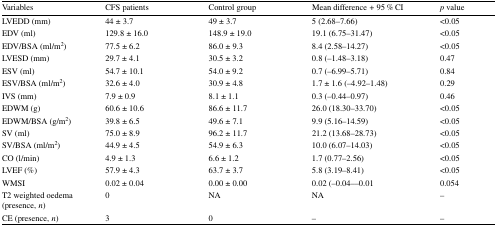
<table><thead><tr><td><b>Variables</b></td><td><b>CFS patients</b></td><td><b>Control group</b></td><td><b>Mean difference + 95 % CI</b></td><td><b><i>p</i> value</b></td></tr></thead><tbody><tr><td>LVEDD (mm)</td><td>44 ± 3.7</td><td>49 ± 3.7</td><td>5 (2.68–7.66)</td><td>&lt;0.05</td></tr><tr><td>EDV (ml)</td><td>129.8 ± 16.0</td><td>148.9 ± 19.0</td><td>19.1 (6.75–31.47)</td><td>&lt;0.05</td></tr><tr><td>EDV/BSA (ml/m<sup>2</sup>)</td><td>77.5 ± 6.2</td><td>86.0 ± 9.3</td><td>8.4 (2.58–14.27)</td><td>&lt;0.05</td></tr><tr><td>LVESD (mm)</td><td>29.7 ± 4.1</td><td>30.5 ± 3.2</td><td>0.8 (−1.48–3.18)</td><td>0.47</td></tr><tr><td>ESV (ml)</td><td>54.7 ± 10.1</td><td>54.0 ± 9.2</td><td>0.7 (−6.99–5.71)</td><td>0.84</td></tr><tr><td>ESV/BSA (ml/m<sup>2</sup>)</td><td>32.6 ± 4.0</td><td>30.9 ± 4.8</td><td>1.7 ± 1.6 (−4.92–1.48)</td><td>0.29</td></tr><tr><td>IVS (mm)</td><td>7.9 ± 0.9</td><td>8.1 ± 1.1</td><td>0.3 (−0.44–0.97)</td><td>0.46</td></tr><tr><td>EDWM (g)</td><td>60.6 ± 10.6</td><td>86.6 ± 11.7</td><td>26.0 (18.30–33.70)</td><td>&lt;0.05</td></tr><tr><td>EDWM/BSA (g/m<sup>2</sup>)</td><td>39.8 ± 6.5</td><td>49.6 ± 7.1</td><td>9.9 (5.16–14.59)</td><td>&lt;0.05</td></tr><tr><td>SV (ml)</td><td>75.0 ± 8.9</td><td>96.2 ± 11.7</td><td>21.2 (13.68–28.73)</td><td>&lt;0.05</td></tr><tr><td>SV/BSA (ml/m<sup>2</sup>)</td><td>44.9 ± 4.5</td><td>54.9 ± 6.3</td><td>10.0 (6.07–14.03)</td><td>&lt;0.05</td></tr><tr><td>CO (l/min)</td><td>4.9 ± 1.3</td><td>6.6 ± 1.2</td><td>1.7 (0.77–2.56)</td><td>&lt;0.05</td></tr><tr><td>LVEF (%)</td><td>57.9 ± 4.3</td><td>63.7 ± 3.7</td><td>5.8 (3.19–8.41)</td><td>&lt;0.05</td></tr><tr><td>WMSI</td><td>0.02 ± 0.04</td><td>0.00 ± 0.00</td><td>0.02 (−0.04–−0.01</td><td>0.054</td></tr><tr><td>T2 weighted oedema (presence, <i>n</i>)</td><td>0</td><td>NA</td><td>NA</td><td>–</td></tr><tr><td>CE (presence, <i>n</i>)</td><td>3</td><td>0</td><td>–</td><td>–</td></tr></tbody></table>